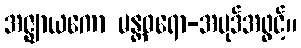
အဇ္ဈာယကော မန္တဓရော-အပုဒ်အဖွင့်။